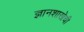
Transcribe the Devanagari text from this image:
ज्ञानशाखेची